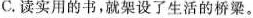
C.读实用的书，就架设了生活的桥梁。